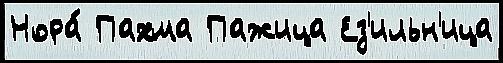
Нора́ Пахма Пажица Ез'ильн'ица